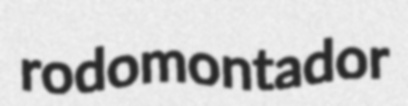
rodomontador